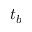
t _ { b }